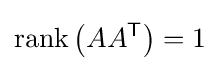
\operatorname {rank} \left(AA^{\mathsf {T}}\right)=1